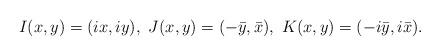
LaTeX: \begin{align*} I(x,y) = (ix, iy), \ J(x,y) = (-\bar{y}, \bar{x}), \ K(x,y) = (-i\bar{y}, i\bar{x}).\end{align*}